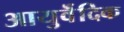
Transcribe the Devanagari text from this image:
आयुर्वॆदिक